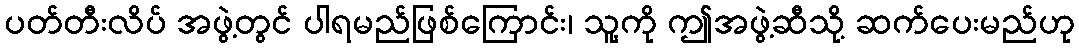
ပတ်တီးလိပ် အဖွဲ့တွင် ပါရမည်ဖြစ်ကြောင်း၊ သူ့ကို ဤအဖွဲ့ဆီသို့ ဆက်ပေးမည်ဟု